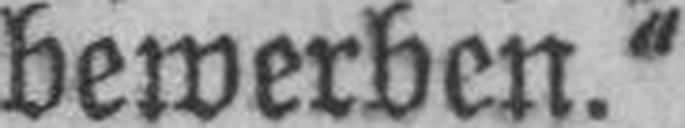
bewerben.“